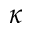
\kappa